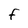
Character: F